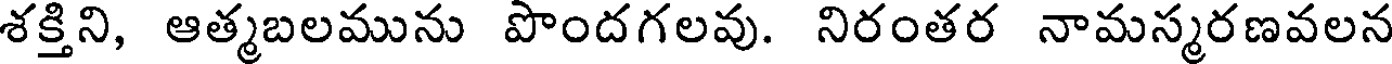
శక్తిని, ఆత్మబలమును పొందగలవు. నిరంతర నామస్మరణవలన